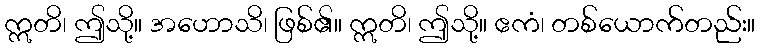
ဣတိ၊ ဤသို့။ အဟောသိ၊ ဖြစ်၏။ ဣတိ၊ ဤသို့။ ဧကံ၊ တစ်ယောက်တည်း။